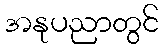
အနုပညာတွင်